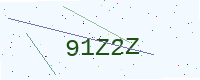
Text: 91Z2Z